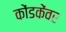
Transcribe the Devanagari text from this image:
कोंडकेंवर